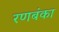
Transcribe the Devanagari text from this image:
रणबंका